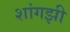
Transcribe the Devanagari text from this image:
शांगझी